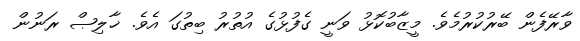
ވާރޭފެން ބޭރުކުރުމެވެ. މީޒާބުކޮޅު ވަނީ ގެފުޅުގެ އުތުރު ބިތުގަ އެވެ. ޚާލިޞް ރަނުން